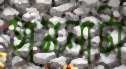
হামলাটা